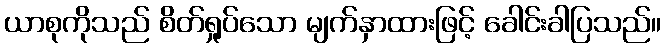
ယာစုကိုသည် စိတ်ရှုပ်သော မျက်နှာထားဖြင့် ခေါင်းခါပြသည်။